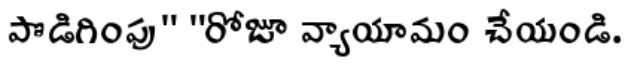
పొడిగింపు" "రోజూ వ్యాయామం చేయండి.